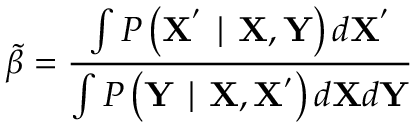
\tilde { \beta } = \frac { \int P \left( \mathbf { X ^ { ' } } \mid \mathbf { X } , \mathbf { Y } \right) d \mathbf { X ^ { ' } } } { \int P \left( \mathbf { Y } \mid \mathbf { X } , \mathbf { X ^ { ' } } \right) d \mathbf { X } d \mathbf { Y } }